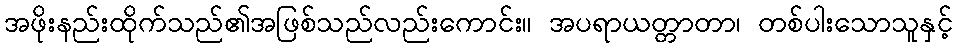
အဖိုးနည်းထိုက်သည်၏အဖြစ်သည်လည်းကောင်း။ အပရာယတ္တာတာ၊ တစ်ပါးသောသူနှင့်